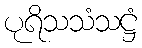
ပုရိသသံသဋ္ဌံ